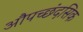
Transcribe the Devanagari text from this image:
औपच्छंदसिक